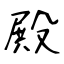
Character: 殿